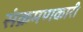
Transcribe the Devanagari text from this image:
संक्रमणकारी